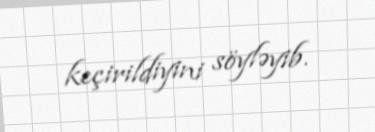
keçirildiyini söyləyib.